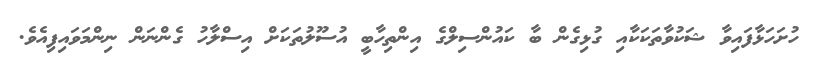
ހުށަހަޅާފައިވާ ޝަކުވާތަކަކާއި ގުޅިގެން ބާ ކައުންސިލްގެ އިންތިހާބީ އުސޫލުތަކަށް އިސްލާހު ގެންނަން ނިންމަވައިފިއެވެ.